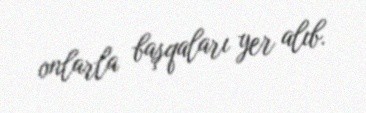
onlarla başqaları yer alıb.